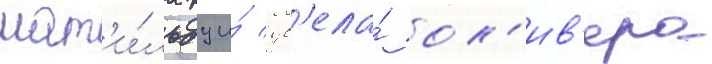
мат'и́льду и́ ув'ела́ ол'ив'ера